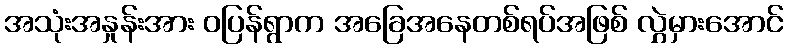
အသုံးအနှုန်းအား ဝပြန်ရွာက အခြေအနေတစ်ရပ်အဖြစ် လွှဲမှားအောင်